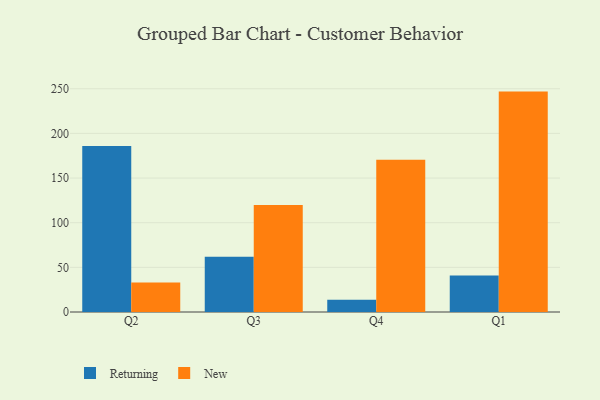
{"axis": {"x": "Quarter", "y": "Net Income (USD K)"}, "legend": ["New", "Returning"], "data": [{"x": "Q2", "y": 186.0, "type": "Returning"}, {"x": "Q2", "y": 32.9, "type": "New"}, {"x": "Q3", "y": 61.8, "type": "Returning"}, {"x": "Q3", "y": 119.7, "type": "New"}, {"x": "Q4", "y": 13.6, "type": "Returning"}, {"x": "Q4", "y": 170.6, "type": "New"}, {"x": "Q1", "y": 40.8, "type": "Returning"}, {"x": "Q1", "y": 246.8, "type": "New"}]}